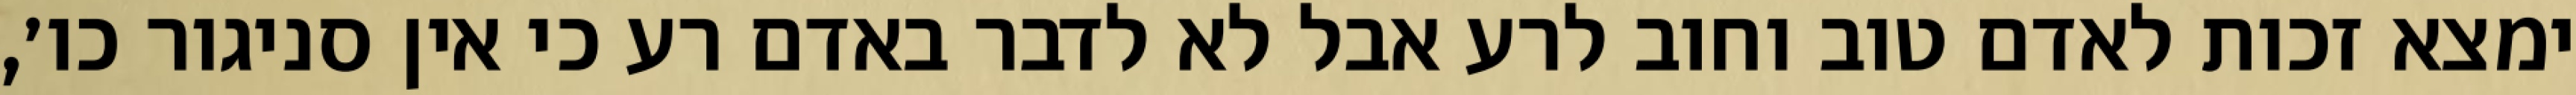
ימצא זכות לאדם טוב וחוב לרע אבל לא לדבר באדם רע כי אין סניגור כו׳,